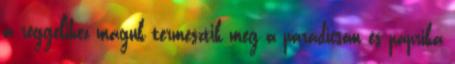
a reggelihez maguk termesztik meg a paradicsom és paprika